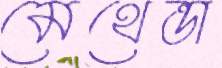
মেথেন্ডা